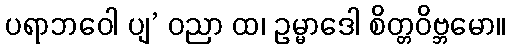
ပရာဘဝေါ ပျ’ ဝညာ ထ၊ ဥမ္မာဒေါ စိတ္တဝိဗ္ဘမော။